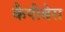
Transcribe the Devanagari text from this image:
कैपीबेरा